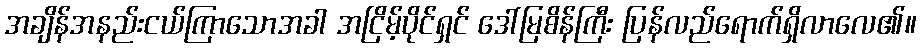
အချိန်အနည်းငယ်ကြာသောအခါ အငြိမ့်ပိုင်ရှင် ဒေါ်မြစိန်ကြီး ပြန်လည်ရောက်ရှိလာလေ၏။